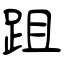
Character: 跙